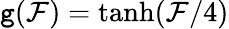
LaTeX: \mathtt{g}(\mathcal{{F}})=\operatorname{tanh}(\mathcal{{F}}/4)